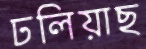
ঢলিয়াছ